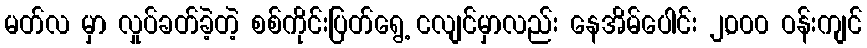
မတ်လ မှာ လှုပ်ခတ်ခဲ့တဲ့ စစ်ကိုင်းပြတ်ရွေ့ ငလျင်မှာလည်း နေအိမ်ပေါင်း ၂,၀၀၀ ဝန်းကျင်